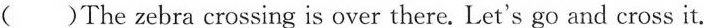
( )The zebra crossing is over there. Let's go and cross it.